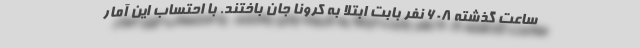
ساعت گذشته ۶۰۸ نفر بابت ابتلا به کرونا جان باختند. با احتساب این آمار